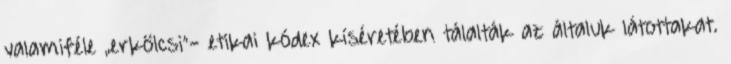
valamiféle „erkölcsi”- etikai kódex kíséretében tálalták az általuk látottakat.